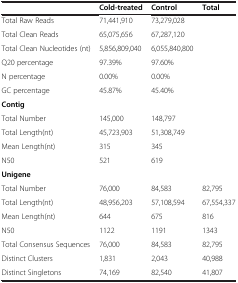
<table><thead><tr><td><b> </b></td><td><b>Cold-treated</b></td><td><b>Control</b></td><td><b>Total</b></td></tr></thead><tbody><tr><td>Total Raw Reads</td><td>71,441,910</td><td>73,279,028</td><td> </td></tr><tr><td>Total Clean Reads</td><td>65,075,656</td><td>67,287,120</td><td> </td></tr><tr><td>Total Clean Nucleotides (nt)</td><td>5,856,809,040</td><td>6,055,840,800</td><td> </td></tr><tr><td>Q20 percentage</td><td>97.39%</td><td>97.60%</td><td> </td></tr><tr><td>N percentage</td><td>0.00%</td><td>0.00%</td><td> </td></tr><tr><td>GC percentage</td><td>45.87%</td><td>45.40%</td><td> </td></tr><tr><td colspan="4"><b>Contig</b></td></tr><tr><td>Total Number</td><td>145,000</td><td>148,797</td><td> </td></tr><tr><td>Total Length(nt)</td><td>45,723,903</td><td>51,308,749</td><td> </td></tr><tr><td>Mean Length(nt)</td><td>315</td><td>345</td><td> </td></tr><tr><td>N50</td><td>521</td><td>619</td><td> </td></tr><tr><td colspan="4"><b>Unigene</b></td></tr><tr><td>Total Number</td><td>76,000</td><td>84,583</td><td>82,795</td></tr><tr><td>Total Length(nt)</td><td>48,956,203</td><td>57,108,594</td><td>67,554,337</td></tr><tr><td>Mean Length(nt)</td><td>644</td><td>675</td><td>816</td></tr><tr><td>N50</td><td>1122</td><td>1191</td><td>1343</td></tr><tr><td>Total Consensus Sequences</td><td>76,000</td><td>84,583</td><td>82,795</td></tr><tr><td>Distinct Clusters</td><td>1,831</td><td>2,043</td><td>40,988</td></tr><tr><td>Distinct Singletons</td><td>74,169</td><td>82,540</td><td>41,807</td></tr></tbody></table>